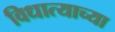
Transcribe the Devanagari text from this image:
विधात्याच्या